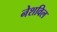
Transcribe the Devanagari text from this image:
नेशविल